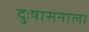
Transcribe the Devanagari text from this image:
दुःषासनाला